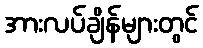
အားလပ်ချိန်များတွင်